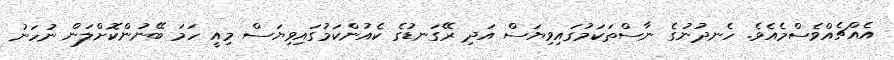
އެއްޗެއްވެސްމެއެވެ. ހެނދުނުގެ ނާސްތަކަމުގައިވިޔަސް އަދި ރޭގަނޑުގެ ކެއުންކަމުގައިވިޔަސް މިއީ ހަމަ ބޭނުންކޮށްލަން ނުހަނު